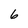
Character: 6